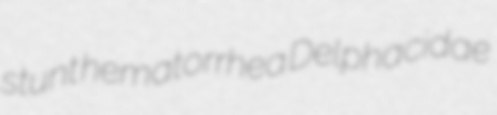
stunt hematorrhea Delphacidae